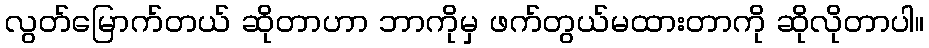
လွတ်မြောက်တယ် ဆိုတာဟာ ဘာကိုမှ ဖက်တွယ်မထားတာကို ဆိုလိုတာပါ။